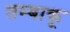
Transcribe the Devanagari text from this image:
तम्‍बाकू